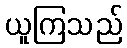
ယူကြသည်